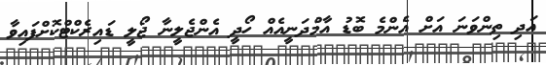
އަދި ތިންވަނަ އަށް އެންމެ ބޮޑު އާމްދަނީއެއް ހޯދީ އެންޖެލީނާ ޖޯލީ ޑައިރެކްޓްކޮށްފައިވާ